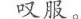
叹服。